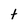
Character: t